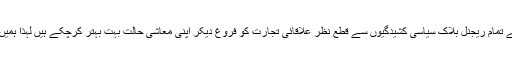
یہی وجہ ہے کہ دنیا کے تمام ریجنل بلاک سیاسی کشیدگیوں سے قطع نظر علاقائی تجارت کو فروغ دیکر اپنی معاشی حالت بہت بہتر کرچکے ہیں لہذا ہمیں بھی ایسا ہی کرنا ہوگا۔